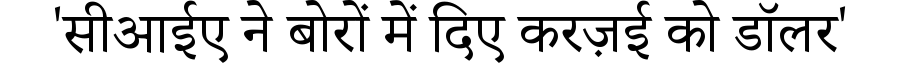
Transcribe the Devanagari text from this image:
'सीआईए ने बोरों में दिए करज़ई को डॉलर'